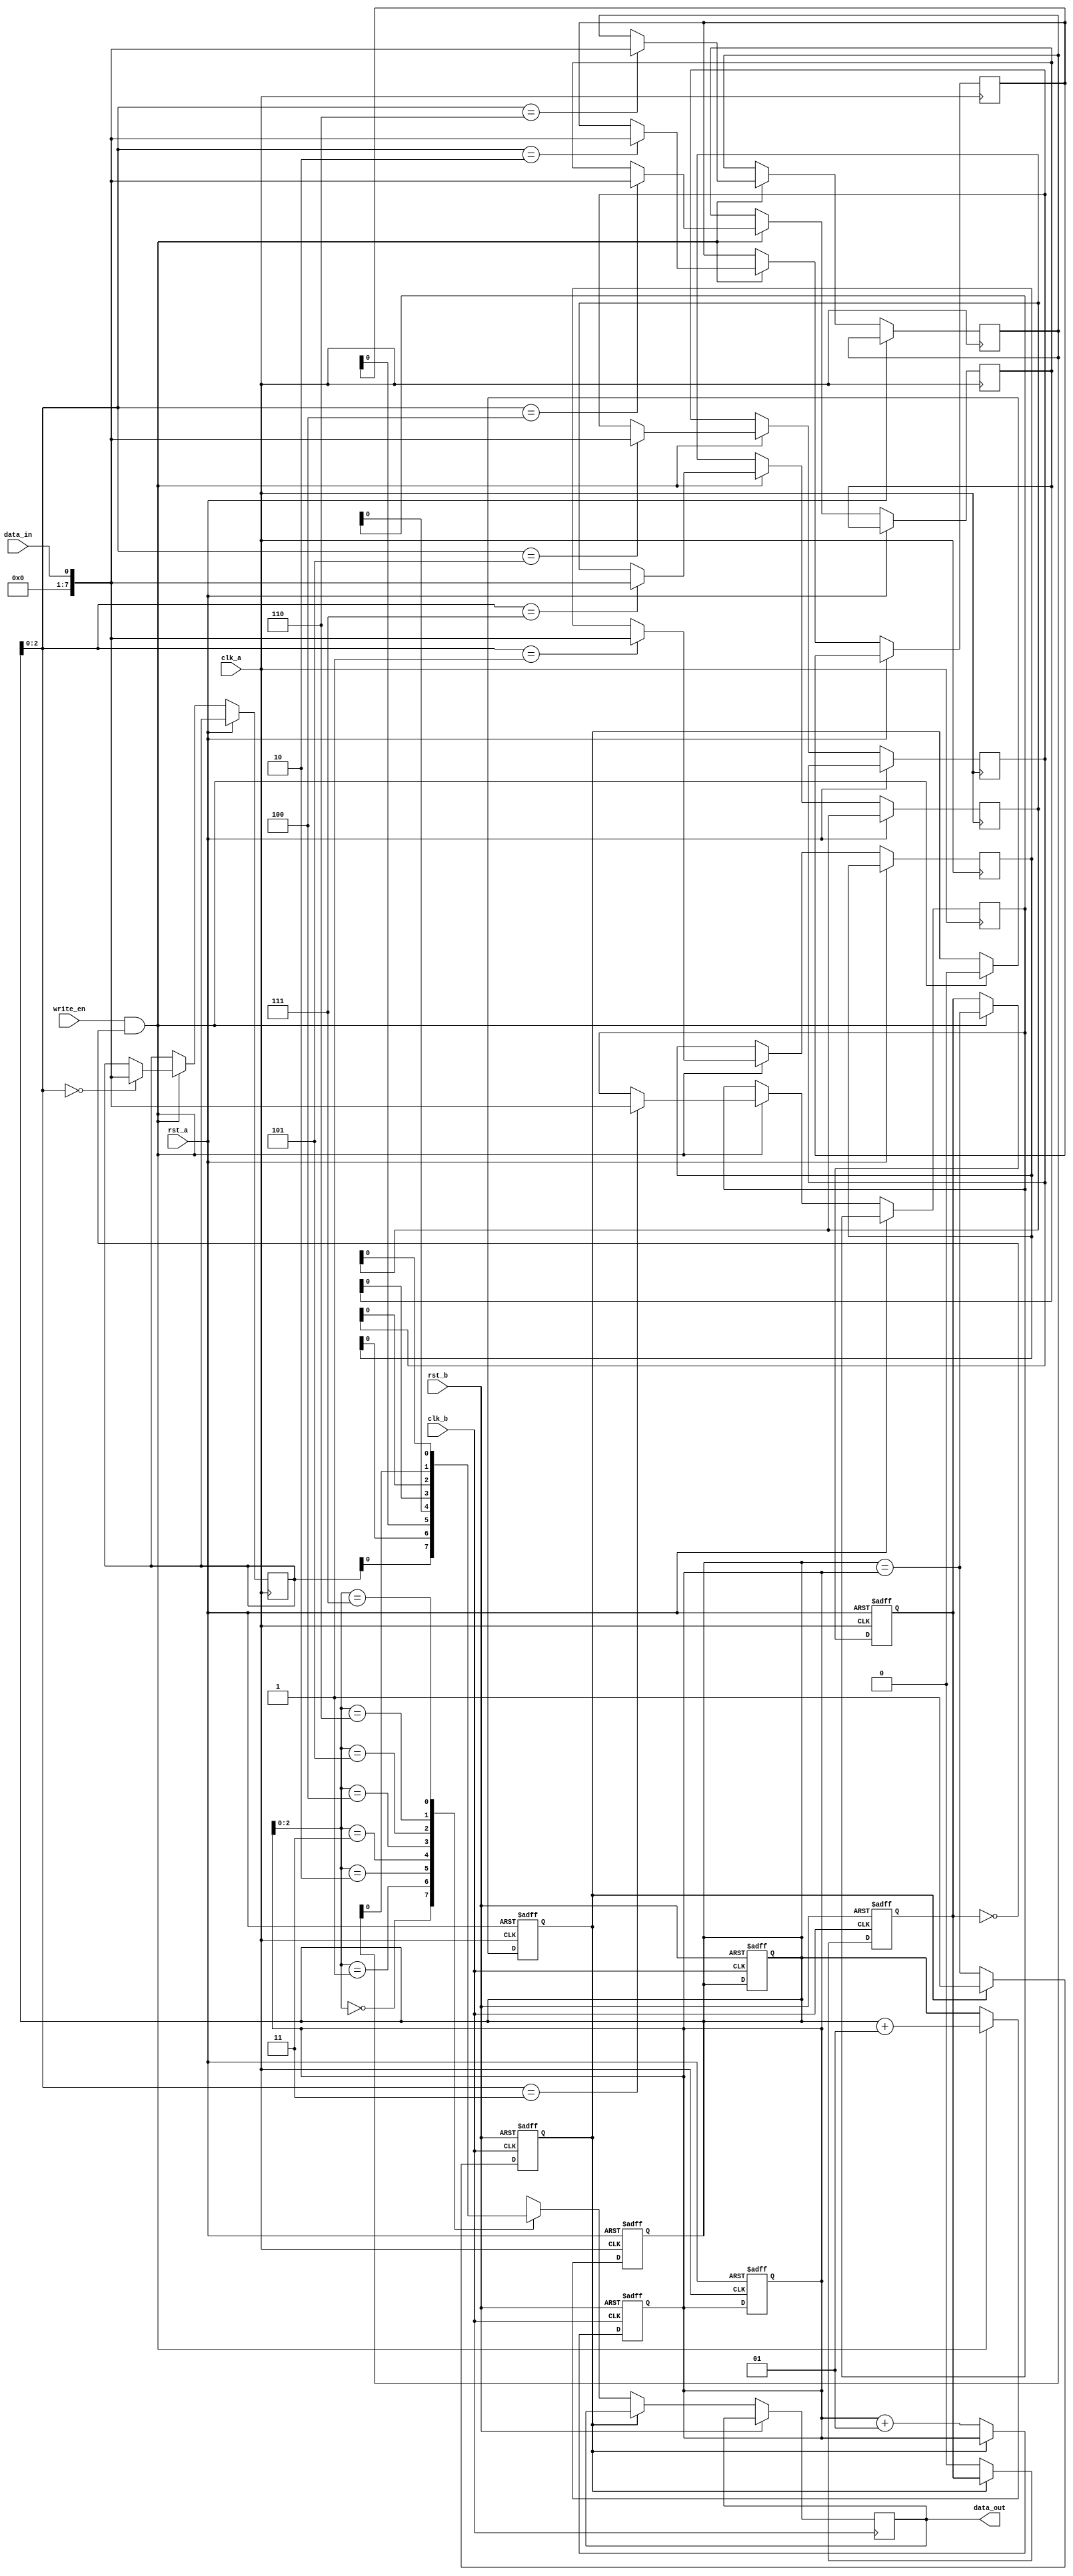
module sync_fifo (
    input wire clk_a,
    input wire rst_a,
    input wire data_in,
    input wire write_en,
    output reg data_out,
    input wire clk_b,
    input wire rst_b
);

reg [7:0] fifo [0:7];
integer head, tail;
reg full, empty;

always @(posedge clk_a or posedge rst_a) begin
    if (rst_a) begin
        head <= 0;
        tail <= 0;
        full <= 0;
        empty <= 1;
    end else begin
        if (write_en && !full) begin
            fifo[head] <= data_in;
            head <= head + 1;
            full <= (head == tail);
            empty <= 0;
        end
    end
end

always @(posedge clk_b or posedge rst_b) begin
    if (rst_b) begin
        head <= 0;
        tail <= 0;
        full <= 0;
        empty <= 1;
    end else begin
        if (!empty) begin
            data_out <= fifo[tail];
            tail <= tail + 1;
            full <= 0;
            empty <= (head == tail);
        end
    end
end

endmodule